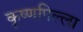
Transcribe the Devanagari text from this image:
कृष्णपिल्ला